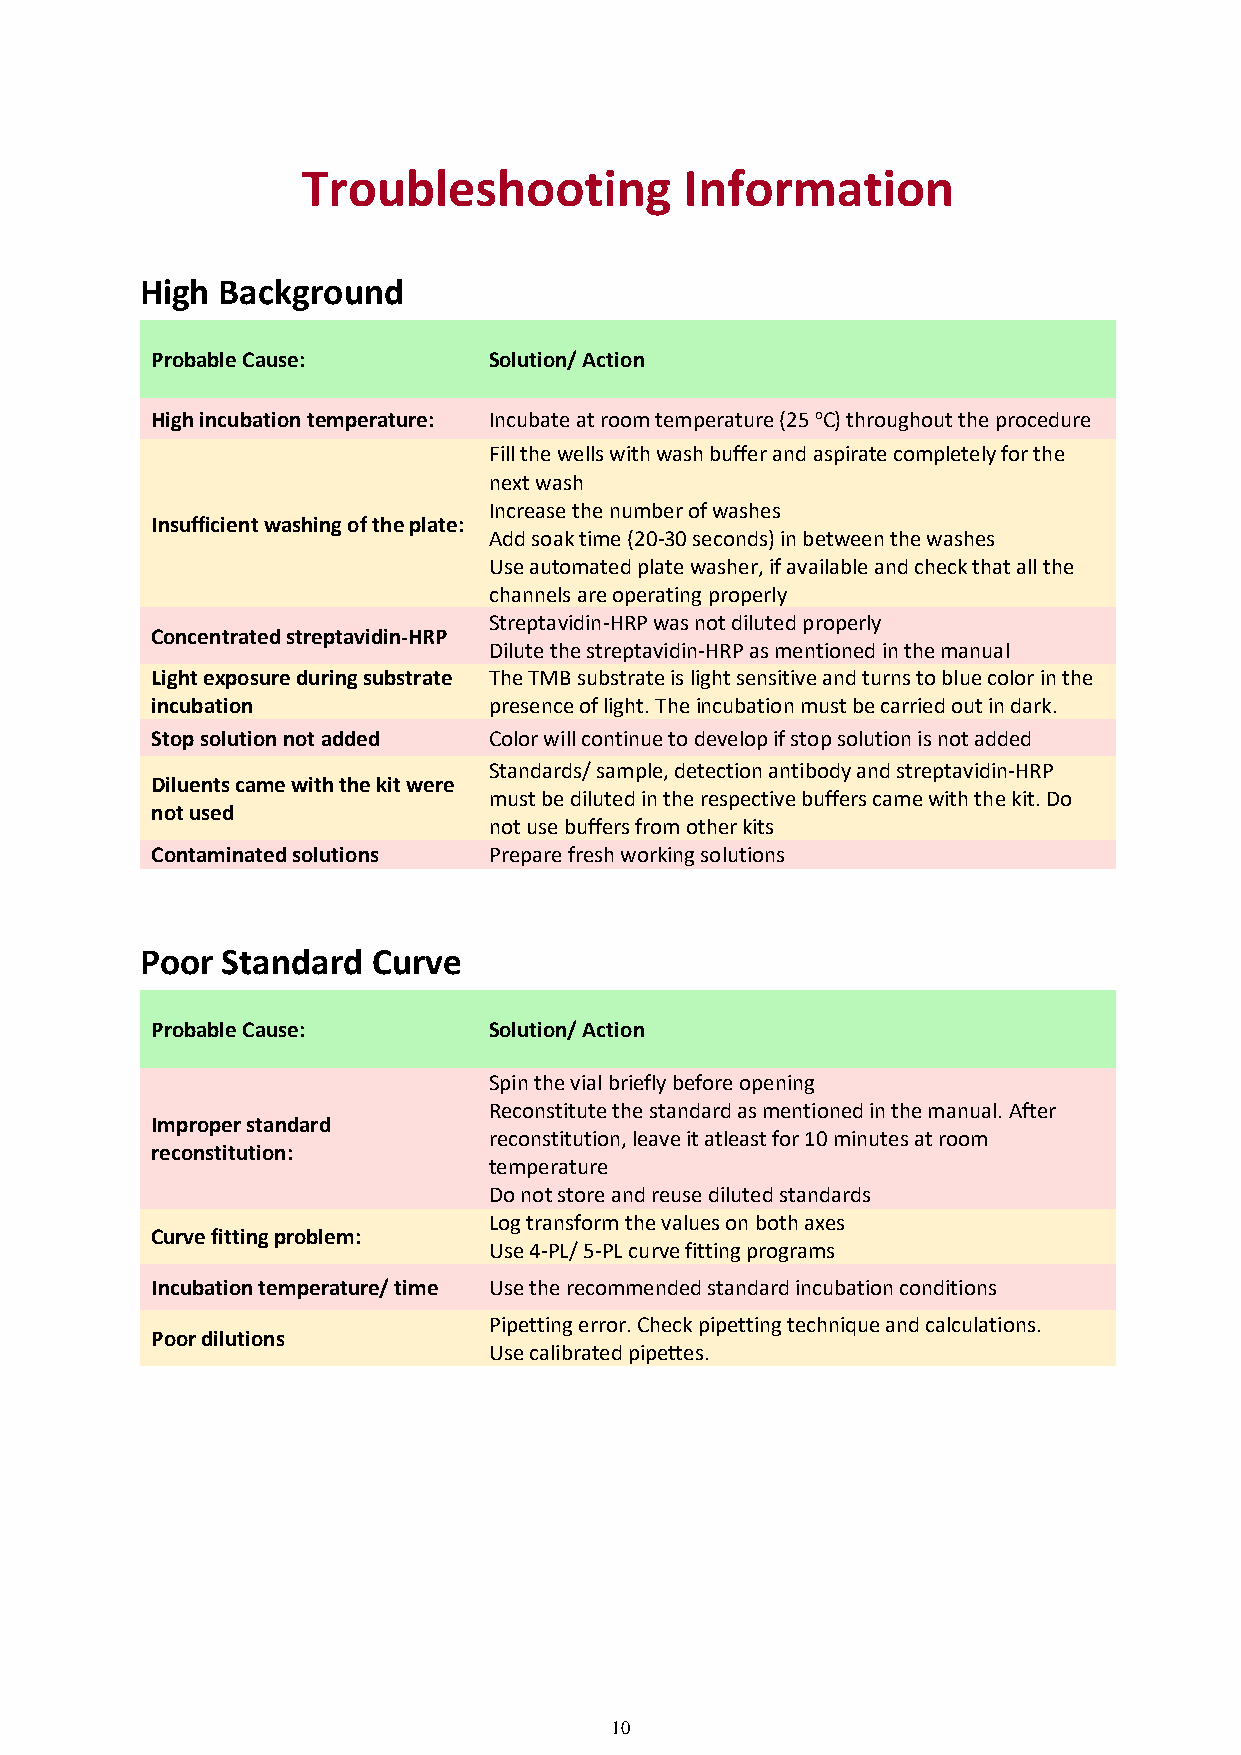
Troubleshooting          Information
 High Background
 Probable Cause:       Solution/ Action
 High incubation temperature: Incubate at room temperature (25 oC) throughout the procedure
 Fill the wells with wash buffer and aspirate completely for the
 next wash
 Increase the number of washes
 Insufficient washing of the plate:
 Add soak time (20-30 seconds) in between the washes
 Use automated plate washer, if available and check that all the
 channels are operating properly
 Streptavidin-HRP was not diluted properly
 Concentrated streptavidin-HRP
 Dilute the streptavidin-HRP as mentioned in the manual
 Light exposure during substrate The TMB substrate is light sensitive and turns to blue color in the
 incubation            presence of light. The incubation must be carried out in dark.
 Stop solution not added Color will continue to develop if stop solution is not added
 Standards/ sample, detection antibody and streptavidin-HRP
 Diluents came with the kit were
 must be diluted in the respective buffers came with the kit. Do
 not used
 not use buffers from other kits
 Contaminated solutions Prepare fresh working solutions
 Poor  Standard  Curve
 Probable Cause:       Solution/ Action
 Spin the vial briefly before opening
 Reconstitute the standard as mentioned in the manual. After
 Improper standard
 reconstitution, leave it atleast for 10 minutes at room
 reconstitution:
 temperature
 Do not store and reuse diluted standards
 Log transform the values on both axes
 Curve fitting problem:
 Use 4-PL/ 5-PL curve fitting programs
 Incubation temperature/ time Use the recommended standard incubation conditions
 Pipetting error. Check pipetting technique and calculations.
 Poor dilutions
 Use calibrated pipettes.
 10